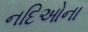
નદિઓના